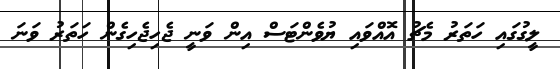
ލީގުގައި ހަތަރު މެޗު އޮއްވައި ޔުވެންޓަސް އިން ވަނީ ޖެހިޖެހިގެން ހަތަރު ވަނަ